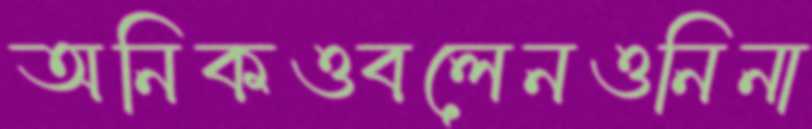
অনিকওবলেনওনিনা